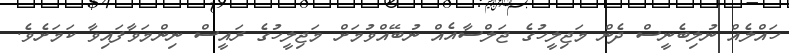
ހައްލެއް ނުލިބެނީސް ދެން މަޖިލީހުގެ ޖަލްސާއެއް ނުބޭއްވުމަށް މަޖިލީހުގެ ރައީސް ނިންމަވާފައިވާ ކަމަށެވެ.